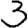
Digit: 3